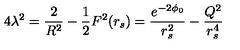
4 \lambda ^ { 2 } = \frac { 2 } { R ^ { 2 } } - \frac { 1 } { 2 } F ^ { 2 } ( r _ { s } ) = \frac { e ^ { - 2 \phi _ { 0 } } } { r _ { s } ^ { 2 } } - \frac { Q ^ { 2 } } { r _ { s } ^ { 4 } }